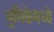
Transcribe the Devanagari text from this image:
भुमिकेमध्ये